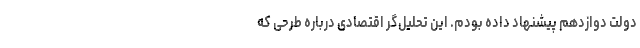
دولت دوازدهم پیشنهاد داده بودم. این تحلیل‌گر اقتصادی درباره طرحی که